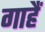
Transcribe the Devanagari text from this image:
गाहैं